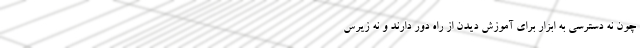
چون نه دسترسی به ابزار برای آموزش دیدن از راه دور دارند و نه زیرس